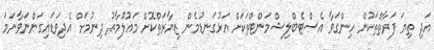
އަދި ތިޔަ ފަރާތްތަކުން ހިންގަވާ އެސްޓެބްލިޝްމަންޓްތަކަށް އަޅުގަނޑުމެން ޒިޔާރަތްކޮށް މައުލޫމާތު ދިނުމަށް އެދިވަޑައިގަންނަވާނަމަ